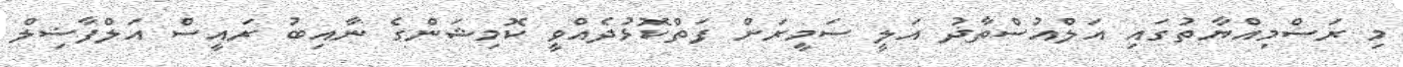
މި ރަސްމިއްޔާތުގައި އަލްއުސްތާޛު އަލީ ސަމީރަށް ފަތްކޮޅުދެއްވީ ކޮމިޝަންގެ ނާއިބު ރައީސް އަލްފާޟިލް